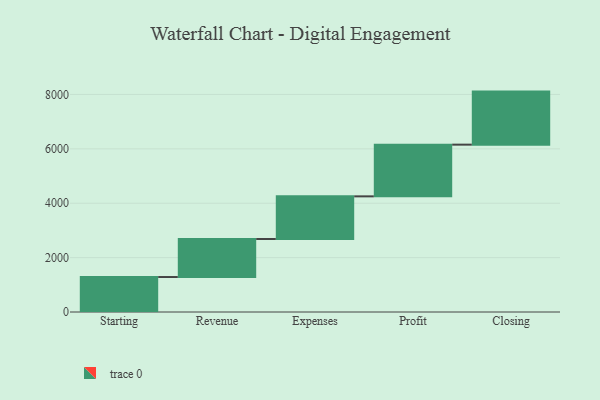
{"axis": {"x": "Step", "y": "Value"}, "legend": [""], "data": [{"x": "Starting", "y": 1286.0, "type": ""}, {"x": "Revenue", "y": 1399.0, "type": ""}, {"x": "Expenses", "y": 1568.0, "type": ""}, {"x": "Profit", "y": 1901.0, "type": ""}, {"x": "Closing", "y": 1951.0, "type": ""}]}